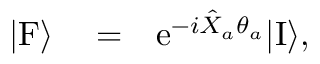
\begin{array} { r l r } { | \mathrm { F } \rangle } & { { } = } & { \mathrm { e } ^ { - i \hat { X } _ { a } \theta _ { a } } | \mathrm { I } \rangle , } \end{array}